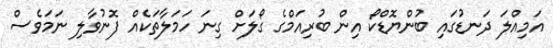
އަމިއްލަ ދަނޑުގައި ބުންޔޮޑްކޯ އިން ބުރިއަމްގެ ގޯލަށް ގިނަ ހަމަލާތަކެއް ފޮނުވާލި ނަމަވެސް